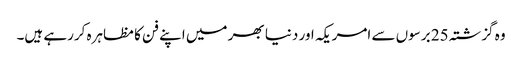
وہ گزشتہ 25 برسوں سے امریکہ اور دنیا بھر میں اپنے فن کا مظاہرہ کررہے ہیں۔